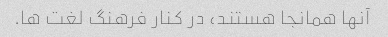
آنها همانجا هستند، در کنار فرهنگ لغت ها.